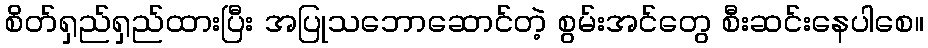
စိတ်ရှည်ရှည်ထားပြီး အပြုသဘောဆောင်တဲ့ စွမ်းအင်တွေ စီးဆင်းနေပါစေ။